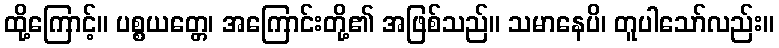
ထို့ကြောင့်။ ပစ္စယတ္တေ၊ အကြောင်းတို့၏ အဖြစ်သည်။ သမာနေပိ၊ တူပါသော်လည်း။